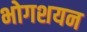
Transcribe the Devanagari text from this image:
भोगशयन